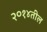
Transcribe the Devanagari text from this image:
२०१४तील